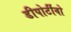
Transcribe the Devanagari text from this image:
डीपोर्टीवो